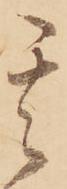
其